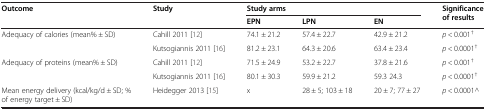
| <ROWSPAN=2> Outcome | <ROWSPAN=2> Study | <COLSPAN=3> Study arms | <ROWSPAN=2> Significance of results |
 | EPN | LPN | EN |
 | --- | --- | --- | --- | --- | --- |
 | <ROWSPAN=2> Adequacy of calories (mean% ± SD) | Cahill 2011 [12] | 74.1 ± 21.2 | 57.4 ± 22.7 | 42.9 ± 21.2 | p < 0.001† |
 | Kutsogiannis 2011 [16] | 81.2 ± 23.1 | 64.3 ± 20.6 | 63.4 ± 23.4 | p < 0.0001† |
 | <ROWSPAN=2> Adequacy of proteins (mean% ± SD) | Cahill 2011 [12] | 71.5 ± 24.9 | 53.2 ± 22.7 | 37.8 ± 21.6 | p < 0.001† |
 | Kutsogiannis 2011 [16] | 80.1 ± 30.3 | 59.9 ± 21.2 | 59.3 24.3 | p < 0.0001† |
 | Mean energy delivery (kcal/kg/d ± SD; % of energy target ± SD) | Heidegger 2013 [15] | x | 28 ± 5; 103 ± 18 | 20 ± 7; 77 ± 27 | p < 0.0001^ |